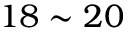
1 8 \sim 2 0